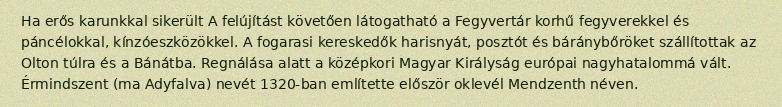
Ha erős karunkkal sikerült A felújítást követően látogatható a Fegyvertár korhű fegyverekkel és páncélokkal, kínzóeszközökkel. A fogarasi kereskedők harisnyát, posztót és báránybőröket szállítottak az Olton túlra és a Bánátba. Regnálása alatt a középkori Magyar Királyság európai nagyhatalommá vált. Érmindszent (ma Adyfalva) nevét 1320-ban említette először oklevél Mendzenth néven.